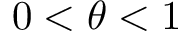
0 < \theta < 1